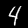
Label: 4